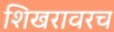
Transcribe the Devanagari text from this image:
शिखरावरच